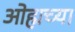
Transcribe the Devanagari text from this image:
ओह्मच्या